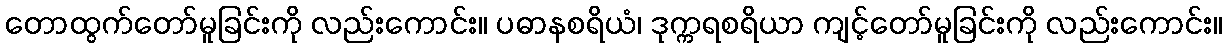
တောထွက်တော်မူခြင်းကို လည်းကောင်း။ ပဓာနစရိယံ၊ ဒုက္ကရစရိယာ ကျင့်တော်မူခြင်းကို လည်းကောင်း။